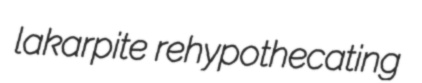
lakarpite rehypothecating